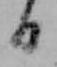
日